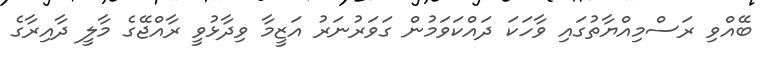
ބޭއްވި ރަސްމިއްޔާތުގައި ވާހަކަ ދައްކަވަމުން ގަވަރުނަރު އަޒީމާ ވިދާޅުވީ ރާއްޖޭގެ މާލީ ދާއިރާގެ